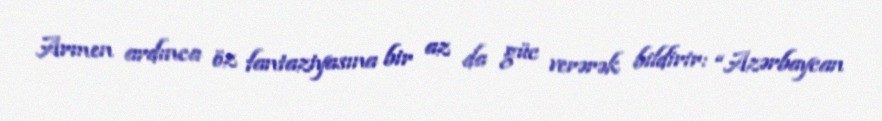
Armen ardınca öz fantaziyasına bir az da güc verərək bildirir: “Azərbaycan